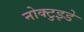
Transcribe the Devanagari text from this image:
नोक्टुइडे